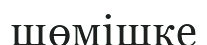
шөмішке